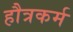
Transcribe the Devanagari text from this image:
हौत्रकर्म